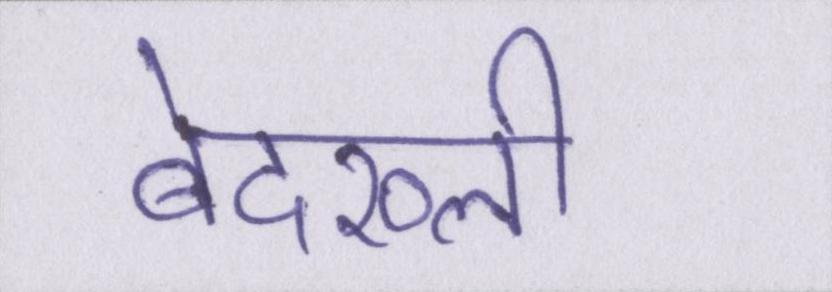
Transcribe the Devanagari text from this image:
बेदख्ली